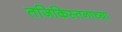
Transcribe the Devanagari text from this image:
तजिकिस्तनाच्या